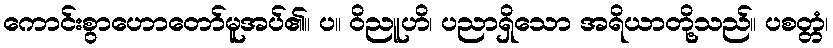
ကောင်းစွာဟောတော်မူအပ်၏။ ပ။ ဝိညူဟိ၊ ပညာရှိသော အရိယာတို့သည်။ ပစတ္တံ၊